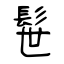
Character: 髰